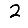
Digit: 2